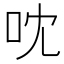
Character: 㕪